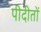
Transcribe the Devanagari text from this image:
पीदीतों